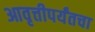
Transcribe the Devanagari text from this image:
आवृत्तीपर्यंतचा